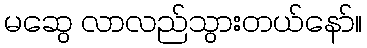
မဆွေ လာလည်သွားတယ်နော်။